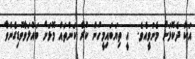
އަކާ ދެކޮޅަށް މެނުވީއެވެ.  އީ ތިޔަބައިމީހުން ކުރާ ކަންތައް މޮޅަށް ބައްލަވާވޮޑިގެންވާ